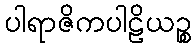
ပါရာဇိကပါဠိယဉ္စ